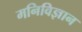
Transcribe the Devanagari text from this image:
मनिविज्ञान